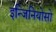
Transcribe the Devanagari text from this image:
इन्जिनियोसो